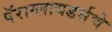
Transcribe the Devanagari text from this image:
पॅराग्लायडर्सचे